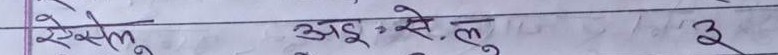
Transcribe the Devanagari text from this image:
रेखल अइ.से.लू ई